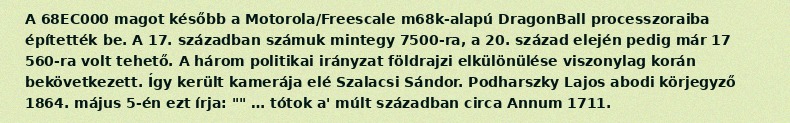
A 68EC000 magot később a Motorola/Freescale m68k-alapú DragonBall processzoraiba építették be. A 17. században számuk mintegy 7500-ra, a 20. század elején pedig már 17 560-ra volt tehető. A három politikai irányzat földrajzi elkülönülése viszonylag korán bekövetkezett. Így került kamerája elé Szalacsi Sándor. Podharszky Lajos abodi körjegyző 1864. május 5-én ezt írja: "" … tótok a' múlt században circa Annum 1711.